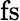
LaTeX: \mathrm{fs}